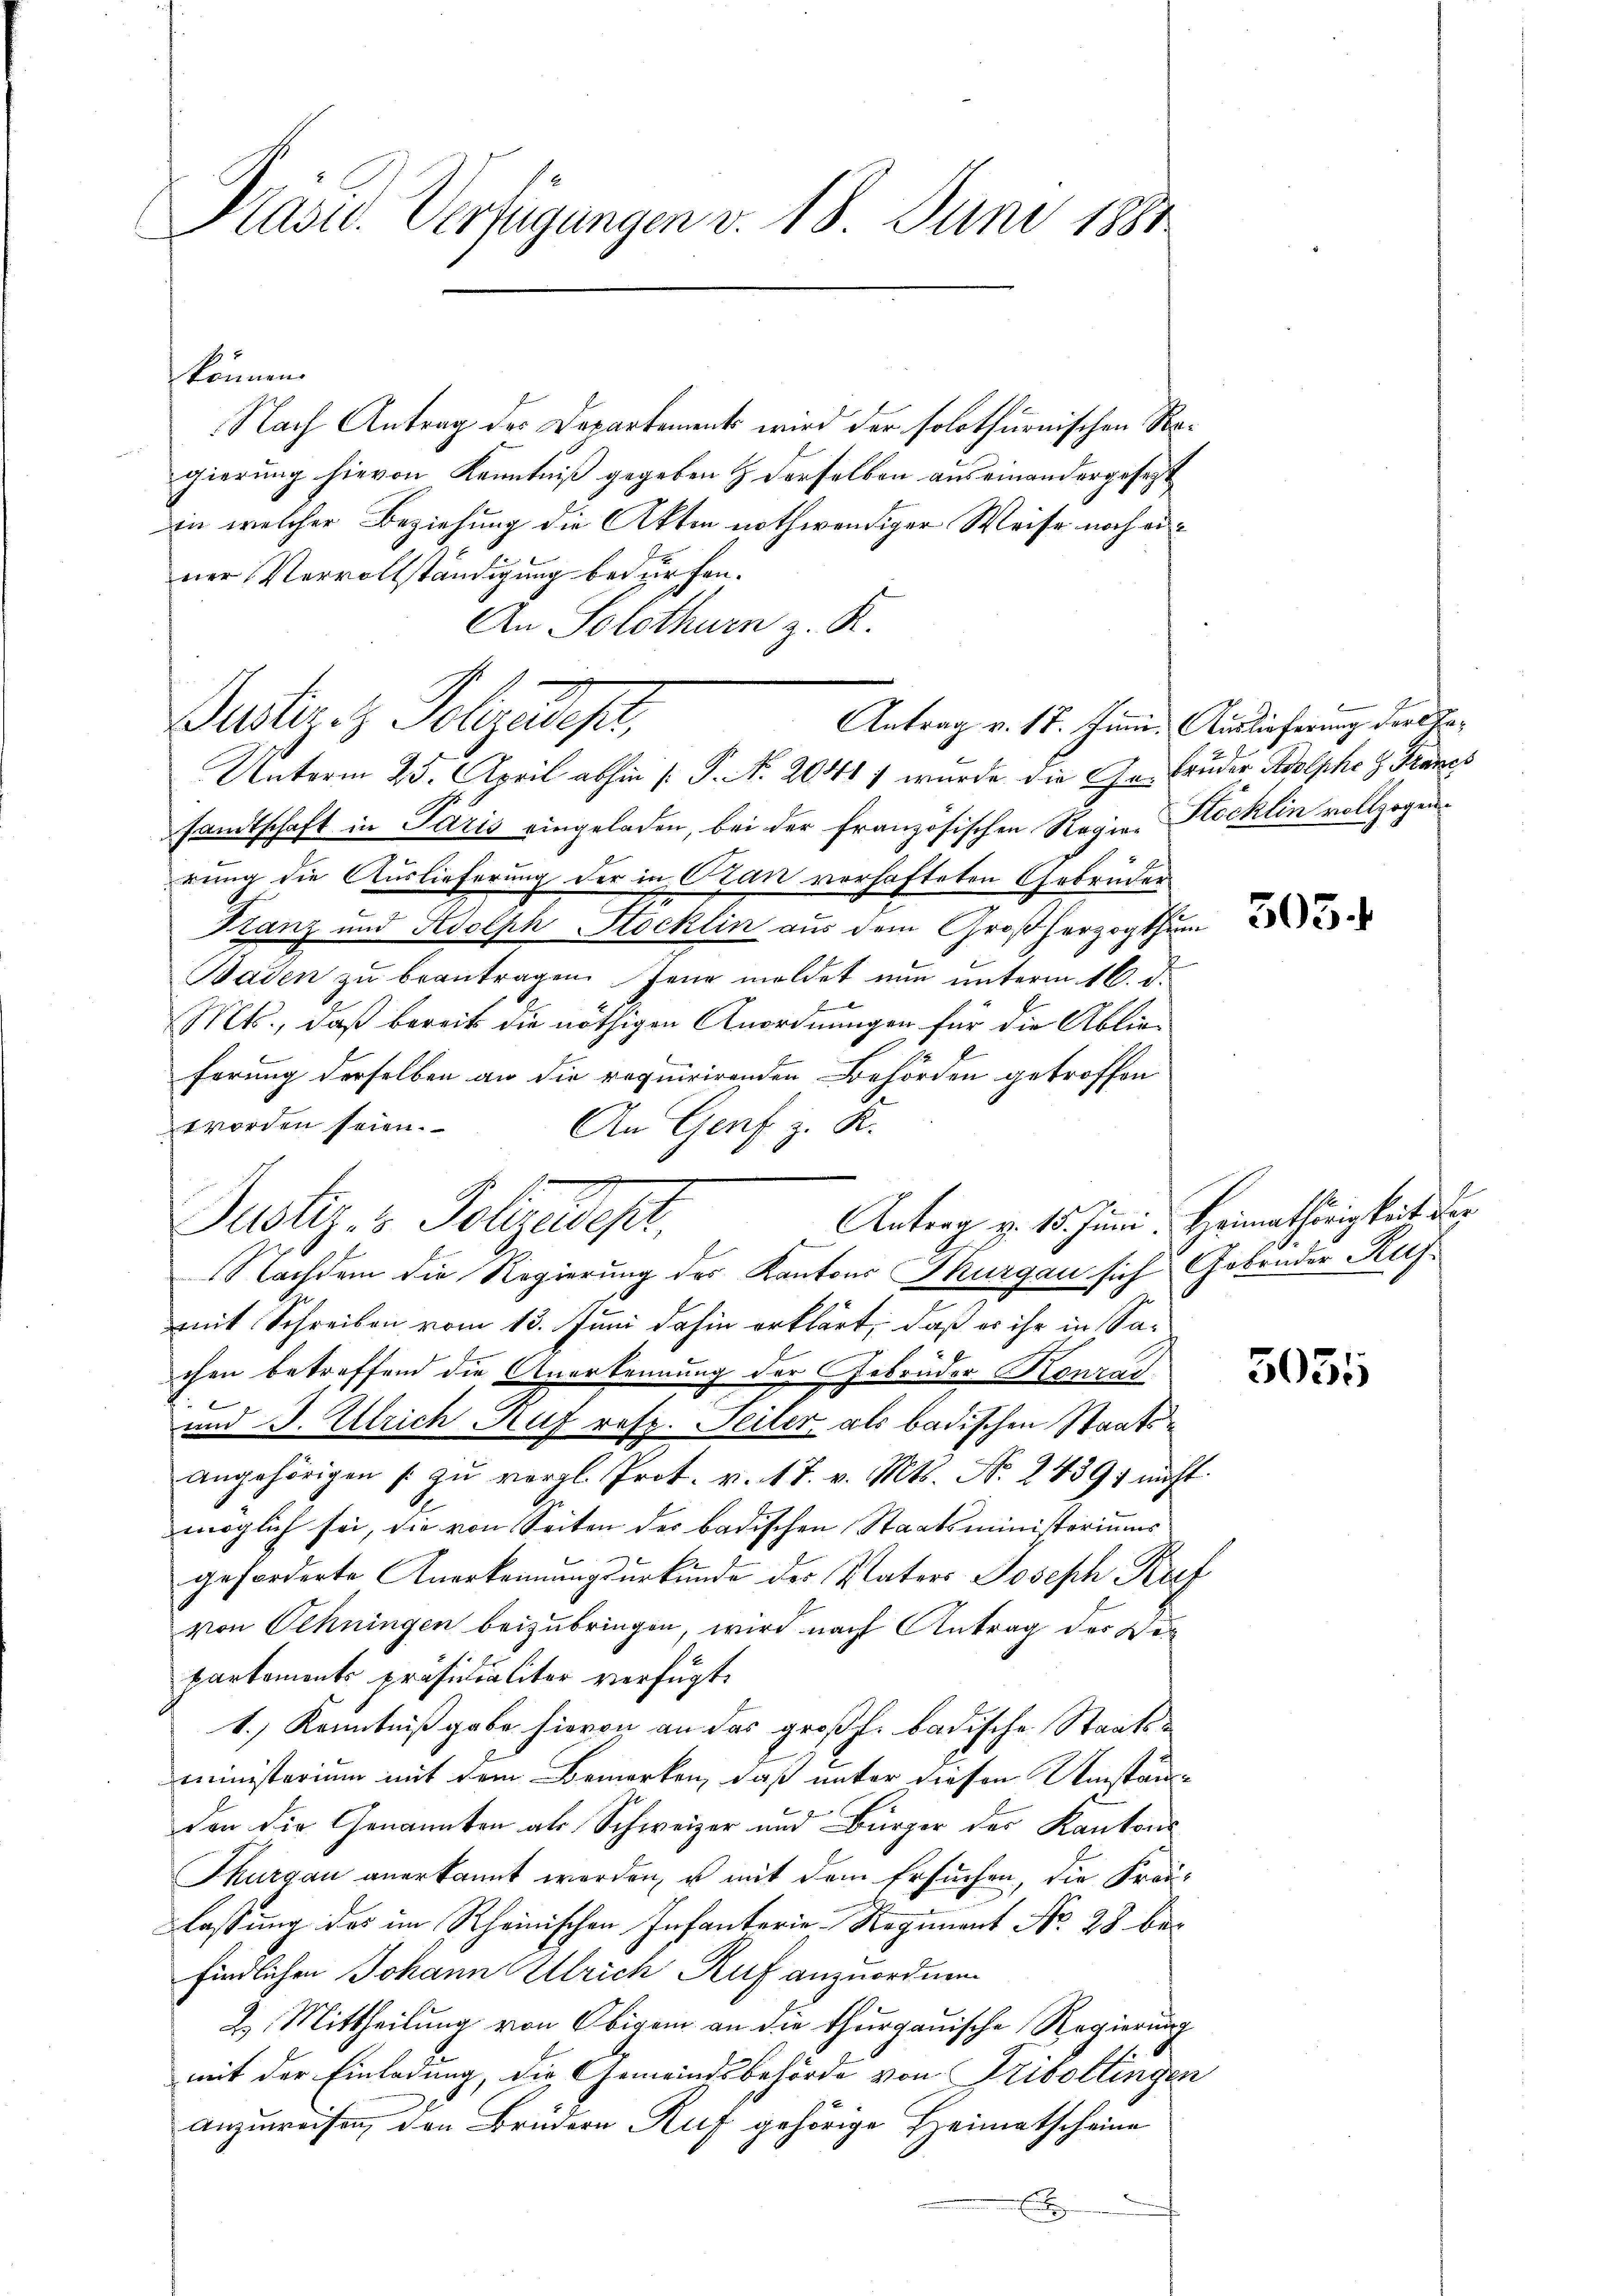
Präsid. Verfügungen v. 18. Juni 1881

können.
Nach Antrag des Departements wird der solothurnischen Ragierung hievon Kenntniß gegeben & derselben aus einandergesetzt
in welcher Beziehung die Akten nothwendiger Weise noch einer Vervollständigung bedürfen.
An Solothurn z. R.
Puster - Polyedest,
Unterm 25. April abhin (: P. N. 2041 ; wurde die Gebrüder Adolphe z. Francs
sandtschaft in Paris eingeladen, bei der französischen Regier Stöcklin vollzogen
rung die Auslieferung der in Cran verhafteten Gebrüder
Franz und Adolph Stocklin aus dem Großherzogthum
Baden zu beantragen. Jene meldet nun unterm 16. d.
B
Mts., daß bereits die nöthigen Anordnungen für die Ablieferung derselben an die requirirenden Behörden getroffen
worden seien.
An Genf z. B.
Nachdem die Regierung des Kantons Thurgau sich Gebender Rusmit Schreiben vom 13. Juni dahin erklärt, daß es ihr in Sachen betreffend die Anerkennung der Gebrüder Konrad
.
und J. Ulrich Ruf rest. Seiter als badischen Staatsangehörigen /: zŭ vergl. Prot. v. 17. v. Mts. No. 24391 nicht
möglich sei, die von Seiten des badischen Staatsministeriums
geforderte Anerkennungsurkunde des Vaters Joseph Ruf
von Oehningen beizubringen, wird nach Antrag der Verpartements Präsidialiter verfügt:
1.) Kenntniß gabe hievon an das großh. badische Staatsministerium mit dem Bemerken, daß unter diesen Umstände
den die Genannten als Schweizer und Bürger der Kantons
Thurgau anerkannt worden, u mit dem Ersuchen, die Fraulassung des im Rheinischen Infanterie-Regiment No 28 befindlichen Johann Ulrich Ruf anzuordnen
2. Mittheilung von Obigem an die Thurgauische Regierung
mit der Einladung, die Gemeindsbehörde von Triboltingen
anzuweisen, den Brüdern Ruf gehörige Heimatscheine

Justiz- & Pollzudest,

Antrag v. 17. Juni. Auslieferung der ha¬

305.

Antrag v. 15. Juni. Heimathörigkeit der

5035